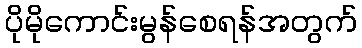
ပိုမိုကောင်းမွန်စေရန်အတွက်